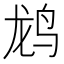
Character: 𬸄